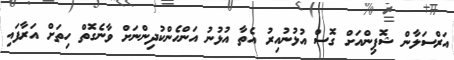
އަރްސަލާން ޝޮޕިންއަށް ގޮސް އުުޅުނުއިރު އެތާ އުޅުނު އަންހެންކުދިންނަށް ވާނެގޮތް ހިތަށް އަރާފައި